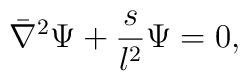
\bar \nabla^2 \Psi + { s \over l^2} \Psi = 0,